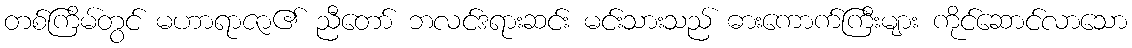
တစ်ကြိမ်တွင် မဟာရာဇာ၏ ညီတော် ဘလင်ဒရားဆင်း မင်းသားသည် ဓားကောက်ကြီးများ ကိုင်ဆောင်လာသော